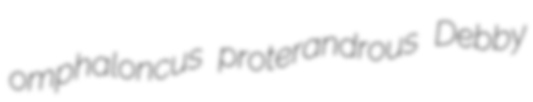
omphaloncus proterandrous Debby